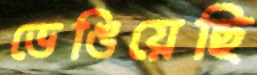
ভেঙিয়েছি